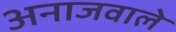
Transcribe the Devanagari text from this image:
अनाजवाले